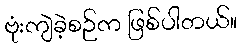
ဗုံးကျဲခဲ့စဉ်က ဖြစ်ပါတယ်။